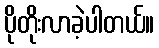
ပိုတိုးလာခဲ့ပါတယ်။